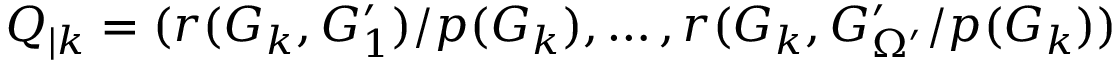
Q _ { | k } = ( { r ( G _ { k } , G _ { 1 } ^ { \prime } ) } / { p ( G _ { k } ) } , \dots , { r ( G _ { k } , G _ { \Omega ^ { \prime } } ^ { \prime } } / { p ( G _ { k } ) } )